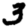
Digit: 3